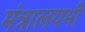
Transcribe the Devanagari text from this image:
मंत्रालयभी